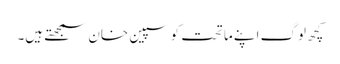
کچھ لوگ اپنے ماتحت کو سپین خان سمجھتے ہیں۔